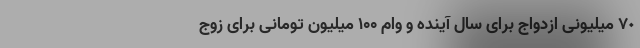
٧٠ میلیونی ازدواج برای سال آینده و وام ۱۰۰ میلیون تومانی برای زوج